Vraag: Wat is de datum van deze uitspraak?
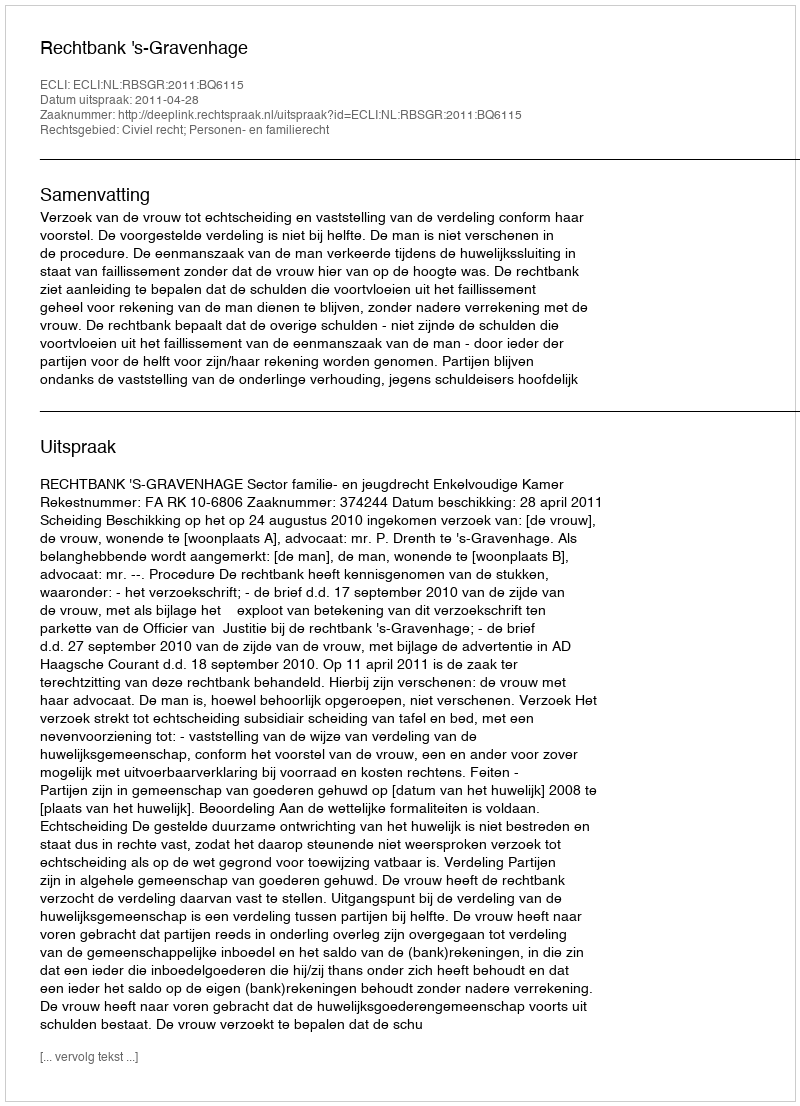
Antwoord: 2011-04-28